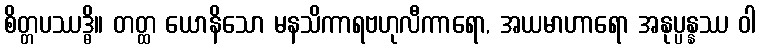
စိတ္တပဿဒ္ဓိ။ တတ္ထ ယောနိသော မနသိကာရဗဟုလီကာရော, အယမာဟာရော အနုပ္ပန္နဿ ဝါ